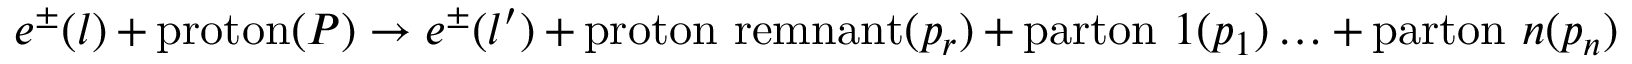
e ^ { \pm } ( l ) + \mathrm { p r o t o n } ( P ) \rightarrow e ^ { \pm } ( l ^ { \prime } ) + \mathrm { p r o t o n ~ r e m n a n t } ( p _ { r } ) + \mathrm { p a r t o n } \, \, 1 ( p _ { 1 } ) \ldots + \mathrm { p a r t o n } \, \, n ( p _ { n } )